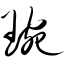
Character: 琬